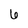
Character: 6